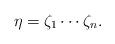
LaTeX: \begin{align*}\eta=\zeta_1\cdots\zeta_n.\end{align*}